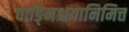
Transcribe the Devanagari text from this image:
वाङ्निश्चयानिमित्त